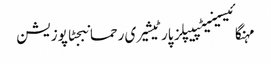
مہنگائیسینیٹپیپلز پارٹیشیری رحمانبجٹاپوزیشن